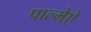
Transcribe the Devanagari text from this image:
पाल्मेऐ